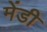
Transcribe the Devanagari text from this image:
मेंडी